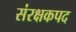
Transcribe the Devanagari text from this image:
संरक्षकपद